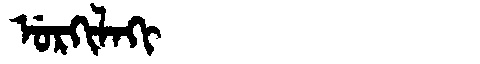
Manchu: ᡠᡵᡴᡳᠯᠠᡴᡳ
Romanization: URKILAKI